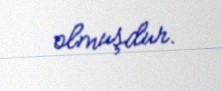
olmuşdur.